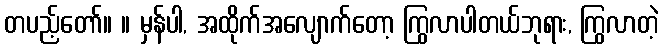
တပည့်တော်။ ။ မှန်ပါ, အထိုက်အလျောက်တော့ ကြွလာပါတယ်ဘုရား, ကြွလာတဲ့